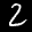
Label: 2